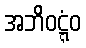
အဘိဝဋ္ဋံဝ